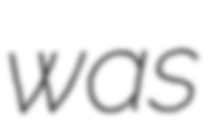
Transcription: was